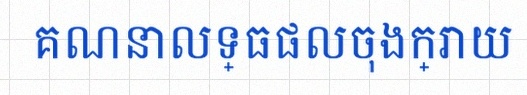
គណនាលទ្ធផលចុងក្រោយ